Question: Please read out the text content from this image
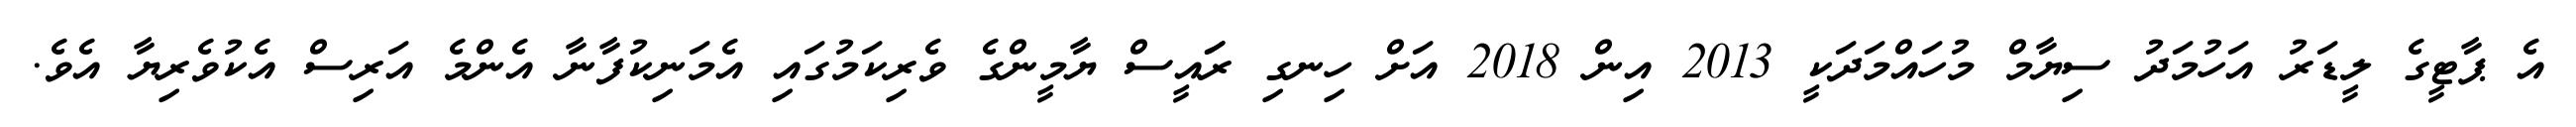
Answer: އެ ޕާޓީގެ ލީޑަރު އަހުމަދު ސިޔާމް މުހައްމަދަކީ 2013 އިން 2018 އަށް ހިނގި ރަައީސް ޔާމީންގެ ވެރިކަމުގައި އެމަނިކުފާނާ އެންމެ އަރިސް އެކުވެރިޔާ އެވެ.